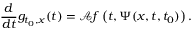
\frac { d } { d t } g _ { t _ { 0 } , x } ( t ) = \mathcal { A } f \left( t , \Psi ( x , t , t _ { 0 } ) \right) .